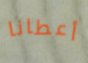
أعطانا